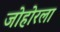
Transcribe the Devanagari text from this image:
जोहोरला